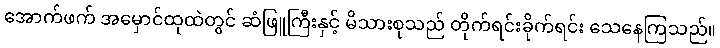
အောက်ဖက် အမှောင်ထုထဲတွင် ဆံဖြူကြီးနှင့် မိသားစုသည် တိုက်ရင်းခိုက်ရင်း သေနေကြသည်။